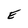
Character: E